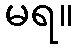
မရ။